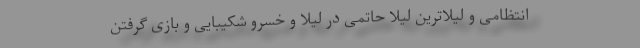
انتظامی و لیلاترین لیلا حاتمی در لیلا و خسرو شکیبایی و بازی گرفتن